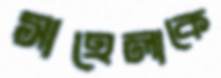
সাহেলাকে